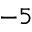
- 5